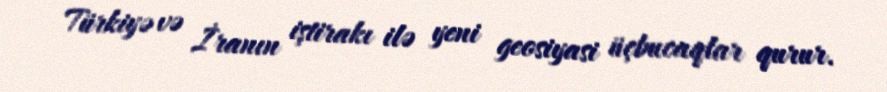
Türkiyə və İranın iştirakı ilə yeni geosiyasi üçbucaqlar qurur.